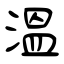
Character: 溫